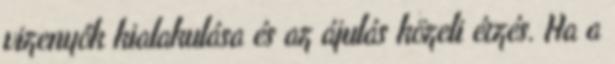
vizenyők kialakulása és az ájulás közeli érzés. Ha a